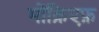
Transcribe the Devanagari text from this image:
मोंक्रिएफ़